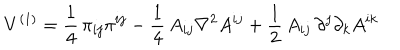
V ^ { ( 1 ) } = \frac { 1 } { 4 } \, \pi _ { i j } \pi ^ { i j } - \frac { 1 } { 4 } \, A _ { i j } \nabla ^ { 2 } A ^ { i j } + \frac { 1 } { 2 } \, A _ { i j } \, \partial ^ { j } \partial _ { k } A ^ { i k }